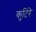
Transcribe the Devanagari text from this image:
कुटिरे